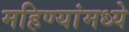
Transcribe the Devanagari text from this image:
महिण्यांमध्ये